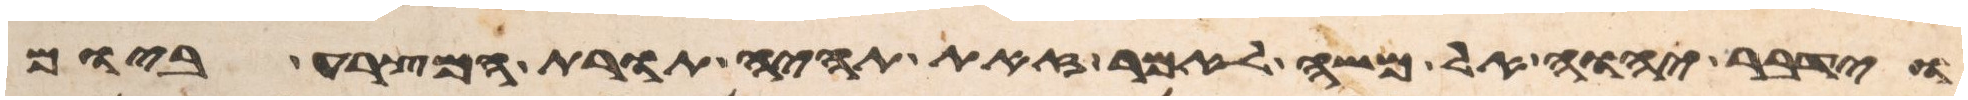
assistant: וידבר יהוה אל משה לאמר זאת תהיה תורת המצרע ביום